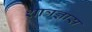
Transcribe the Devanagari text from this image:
शात्रज्ञास